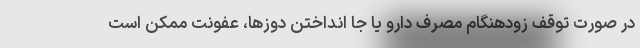
در صورت توقف زودهنگام مصرف دارو یا جا انداختن دوزها، عفونت ممکن است